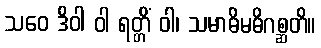
သဝေ ဒိဝါ ဝါ ရတ္တိံ ဝါ၊ သမာဓိမဓိဂစ္ဆတိ။